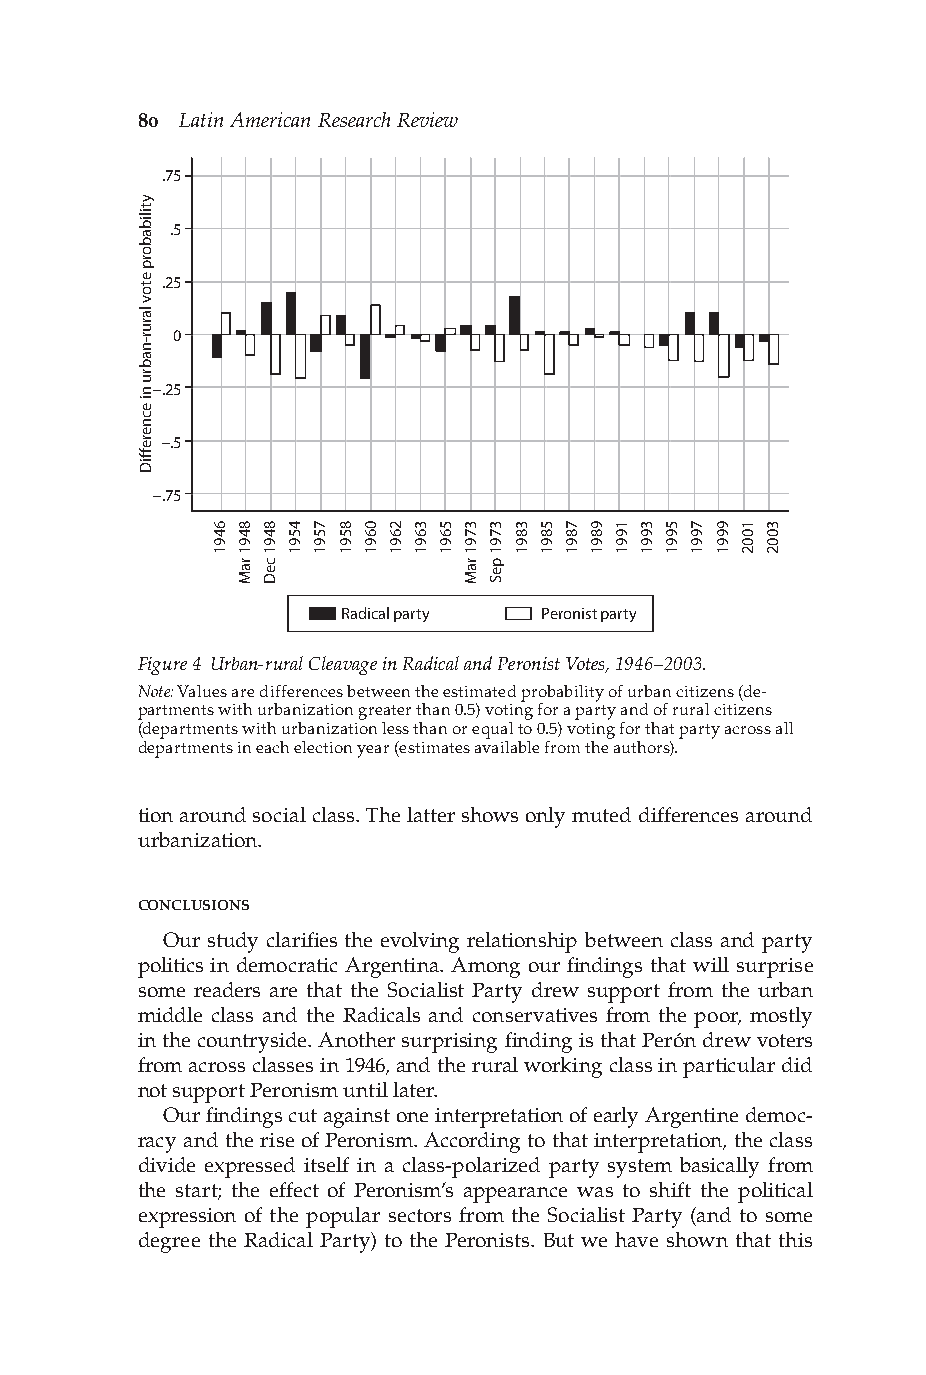
80 Latin American Research Review
 .75
 .5
 .25
 0
 –.25
 –.5
 –.75
 Radical party Peronist party
 Figure 4 Urban-rural Cleavage in Radical and Peronist Votes, 1946–2003.
 Note: Values are differences between the estimated probability of urban citizens (de-
 partments with urbanization greater than 0.5) voting for a party and of rural citizens
 (departments with urbanization less than or equal to 0.5) voting for that party across all
 departments in each election year (estimates available from the authors).
 tion around social class. The latter shows only muted differences around
 urbanization.
 CONCLUSIONS
 Our study clarifi es the evolving relationship between class and party
 politics in democratic Argentina. Among our fi ndings that will surprise
 some readers are that the Socialist Party drew support from the urban
 middle class and the Radicals and conservatives from the poor, mostly
 in the countryside. Another surprising fi nding is that Perón drew voters
 from across classes in 1946, and the rural working class in particular did
 not support Peronism until later.
 Our fi ndings cut against one interpretation of early Argentine democ-
 racy and the rise of Peronism. According to that interpretation, the class
 divide expressed itself in a class-polarized party system basically from
 the start; the effect of Peronism’s appearance was to shift the political
 expression of the popular sectors from the Socialist Party (and to some
 degree the Radical Party) to the Peronists. But we have shown that this
 PP44993366..iinnddbb 8800                         1122//99//0088 66::4422::2288 AAMM
 ytilibaborp
 etov
 larur-nabru
 ni
 ecnereffiD
 6491 8491
 raM
 8491
 ceD
 4591 7591 8591 0691 2691 3691 5691 3791
 raM
 3791
 peS
 3891 5891 7891 9891 1991 3991 5991 7991 9991 1002 3002